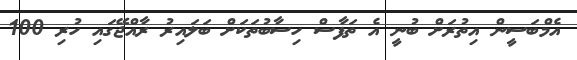
އެމްބަސީން އިތުރަށް ބުނީ އެ ތަފާސް ހިސާބުތަކަށް ބަލައިރު ރާއްޖޭގައި ހުރި 100